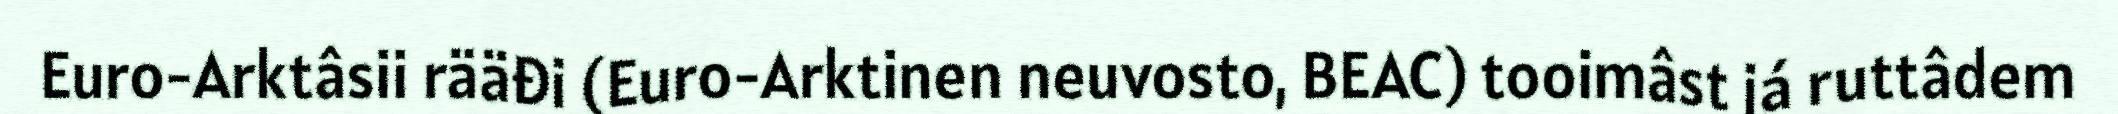
Euro-Arktâsii rääđi (Euro-Arktinen neuvosto, BEAC) tooimâst já ruttâdem